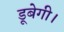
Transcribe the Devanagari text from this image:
डूबेगी।